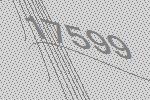
17599